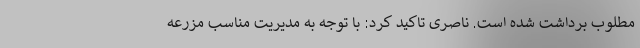
مطلوب برداشت شده است. ناصری تاکید کرد: با توجه به مدیریت مناسب مزرعه